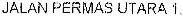
JALAN PERMAS UTARA 1.